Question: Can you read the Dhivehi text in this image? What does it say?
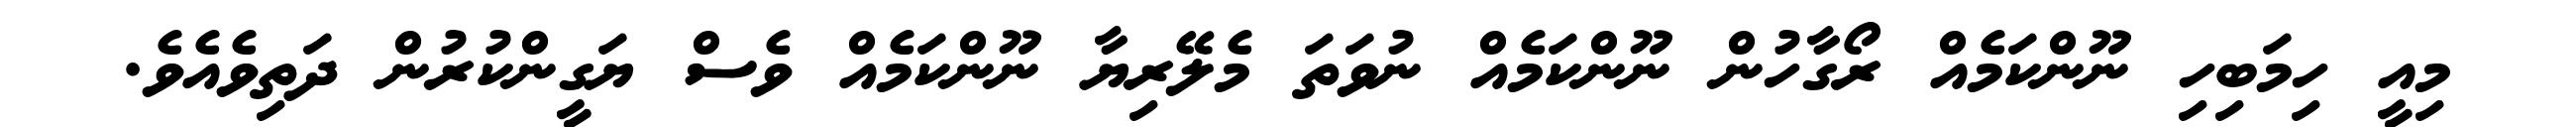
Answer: މިއީ ހިމަބިހި ނޫންކަމެއް ރޯގާހުން ނޫންކަމެއް ނުވަތަ މެލޭރިޔާ ނޫންކަމެއް ވެސް ޔަގީންކުރުން ދަތިވެއެވެ.